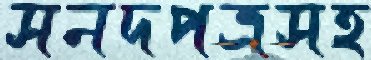
সনদপত্রসহ